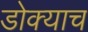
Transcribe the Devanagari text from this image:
डोक्याच